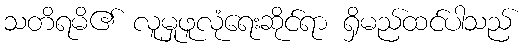
သတိရမိ၏ လူမှုဖူလုံရေးဆိုင်ရာ ရှိမည်ထင်ပါသည်